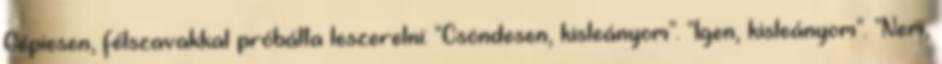
Gépiesen, félszavakkal próbálta leszerelni: "Csöndesen, kisleányom". "Igen, kisleányom". "Nem,